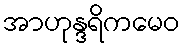
အာဟုန္ဒရိကမေဝ